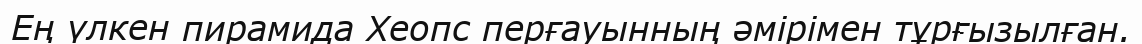
Ең үлкен пирамида Хеопс перғауынның әмірімен тұрғызылған.